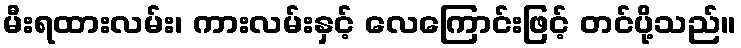
မီးရထားလမ်း၊ ကားလမ်းနှင့် လေကြောင်းဖြင့် တင်ပို့သည်။